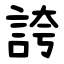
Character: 誇